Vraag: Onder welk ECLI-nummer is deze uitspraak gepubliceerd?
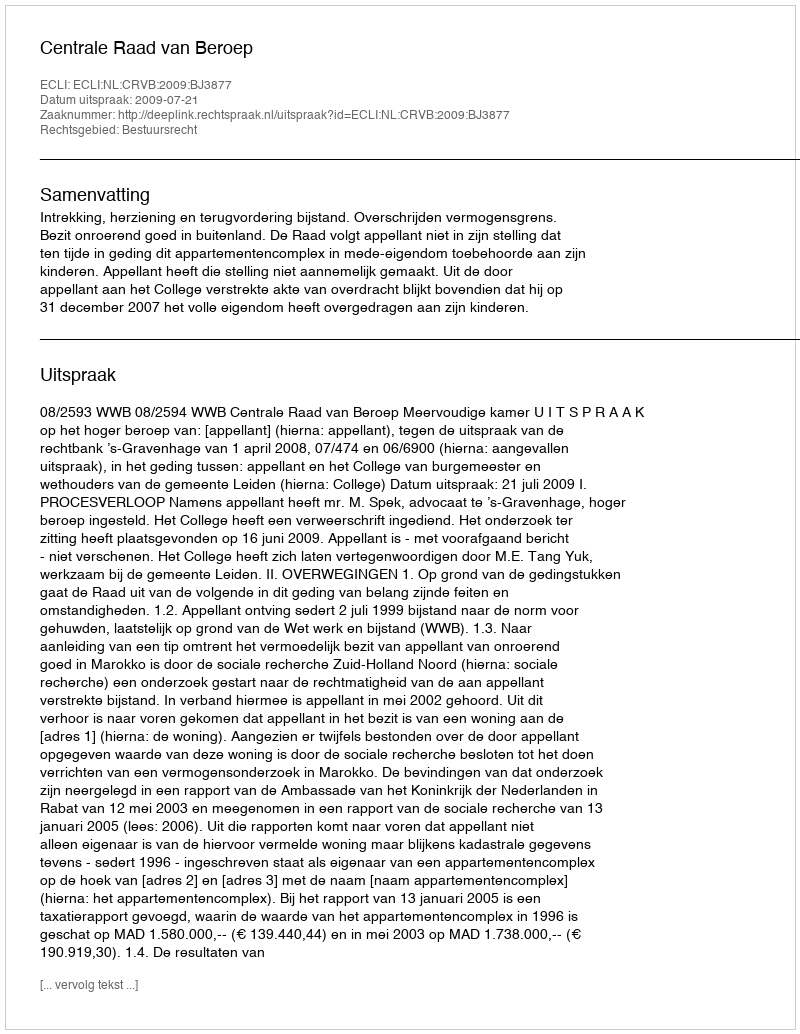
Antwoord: ECLI:NL:CRVB:2009:BJ3877